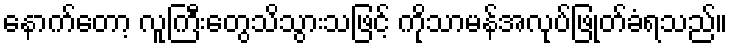
နောက်တော့ လူကြီးတွေသိသွားသဖြင့် ကိုသာမန်အလုပ်ဖြုတ်ခံရသည်။